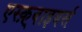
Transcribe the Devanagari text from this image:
एस्क़्वाइयर्स